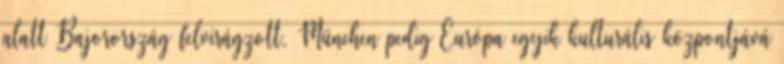
alatt Bajorország felvirágzott, München pedig Európa egyik kulturális központjává